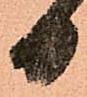
日